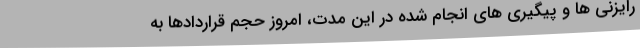
رایزنی ها و پیگیری های انجام شده در این مدت، امروز حجم قراردادها به